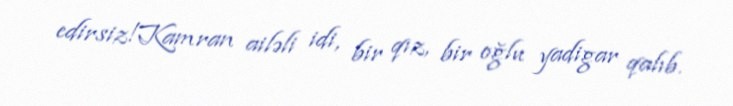
edirsiz!Kamran ailəli idi, bir qız, bir oğlu yadigar qalıb.